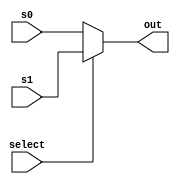
`timescale 1ns / 1ps
//////////////////////////////////////////////////////////////////////////////////
// Company: 
// Engineer: 
// 
// Design Name: 
// Module Name:    MUX_bin 
// Project Name: 
// Target Devices: 
// Tool versions: 
// Description: 
//
// Dependencies: 
//
// Revision: 
// Revision 0.01 - File Created
// Additional Comments: 
//
//////////////////////////////////////////////////////////////////////////////////
module MUX_bin(
    input s0,
    input s1,
    input select,
    output reg out
    );
	 
    always @(s0 or s1 or select) begin
	   if (select) out <= s1; 
		else out <= s0; 
	 end

endmodule